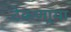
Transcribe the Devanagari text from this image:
टेकणार्‍या